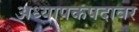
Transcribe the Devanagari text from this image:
अध्यापकपदावर